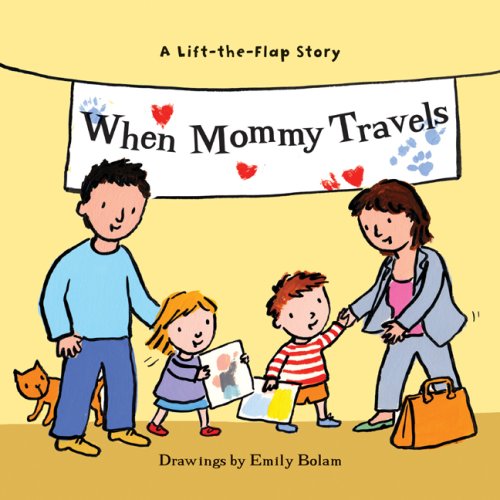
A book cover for When Mommy Travels; Harriet Ziefert; Travel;